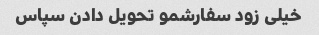
خیلی زود سفارشمو تحویل دادن سپاس